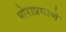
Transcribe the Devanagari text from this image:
पोराप्रमाणे